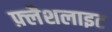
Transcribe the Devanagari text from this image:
फ़्लैशलाइट